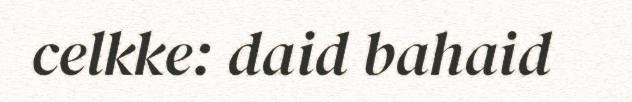
celkke: daid bahaid